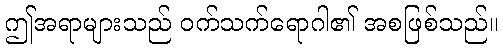
ဤအရာများသည် ဝက်သက်ရောဂါ၏ အစဖြစ်သည်။